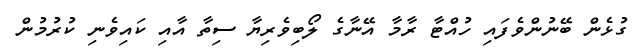
ގުޅެން ބޭނުންވެފައި ހުއްޓާ ރާމާ އޭނާގެ ލޯބިވެރިޔާ ސިތާ އާއި ކައިވެނި ކުރުމުން